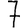
Digit: 7